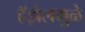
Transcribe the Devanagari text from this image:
हॅझेलमुळे